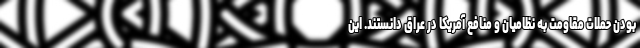
بودن حملات مقاومت به نظامیان و منافع آمریکا در عراق دانستند. این